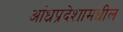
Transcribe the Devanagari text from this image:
आंध्रप्रदेशामधील